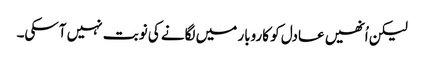
لیکن اُنھیں عادل کو کاروبار میں لگانے کی نوبت نہیں آسکی۔